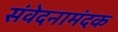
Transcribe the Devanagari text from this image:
संवेदनामंदक